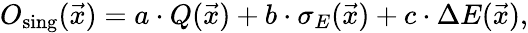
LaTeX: O_{\mathrm{sing}}(\vec{x})=a\cdot Q(\vec{x})+b\cdot\sigma_{E}(\vec{x})+c\cdot\Delta E(\vec{x}),